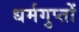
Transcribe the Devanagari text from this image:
धर्मगुप्तों